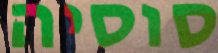
סוסיה